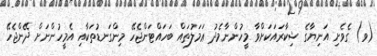
(ވ) ގެވެށި އަނިޔާގެ ޝިކާރައަކަށްވާ މީހުންނާމެދު ޢަމަލުތައް ބަހައްޓަންޖެހޭ މިންގަނޑުތަކާއި އެމީހުންނަށް ދޭންޖެހޭ